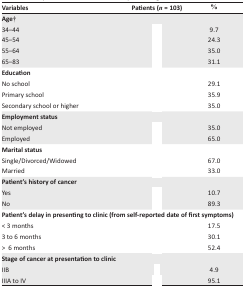
<table><thead><tr><td><b>Variables</b></td><td><b>Patients (<i>n</i> = 103)</b></td><td><b>%</b></td></tr></thead><tbody><tr><td><b>Age†</b></td><td>[EMPTY_CELL]</td><td>[EMPTY_CELL]</td></tr><tr><td>34–44</td><td>[EMPTY_CELL]</td><td>9.7</td></tr><tr><td>45–54</td><td>[EMPTY_CELL]</td><td>24.3</td></tr><tr><td>55–64</td><td>[EMPTY_CELL]</td><td>35.0</td></tr><tr><td>65–83</td><td>[EMPTY_CELL]</td><td>31.1</td></tr><tr><td><b>Education</b></td><td>[EMPTY_CELL]</td><td>[EMPTY_CELL]</td></tr><tr><td>No school</td><td>[EMPTY_CELL]</td><td>29.1</td></tr><tr><td>Primary school</td><td>[EMPTY_CELL]</td><td>35.9</td></tr><tr><td>Secondary school or higher</td><td>[EMPTY_CELL]</td><td>35.0</td></tr><tr><td><b>Employment status</b></td><td>[EMPTY_CELL]</td><td>[EMPTY_CELL]</td></tr><tr><td>Not employed</td><td>[EMPTY_CELL]</td><td>35.0</td></tr><tr><td>Employed</td><td>[EMPTY_CELL]</td><td>65.0</td></tr><tr><td><b>Marital status</b></td><td>[EMPTY_CELL]</td><td>[EMPTY_CELL]</td></tr><tr><td>Single/Divorced/Widowed</td><td>[EMPTY_CELL]</td><td>67.0</td></tr><tr><td>Married</td><td>[EMPTY_CELL]</td><td>33.0</td></tr><tr><td><b>Patient's history of cancer</b></td><td>[EMPTY_CELL]</td><td>[EMPTY_CELL]</td></tr><tr><td>Yes</td><td>[EMPTY_CELL]</td><td>10.7</td></tr><tr><td>No</td><td>[EMPTY_CELL]</td><td>89.3</td></tr><tr><td colspan="3"><b>Patient's delay in presenting to clinic (from self-reported date of first symptoms)</b></td></tr><tr><td>&lt; 3 months</td><td>[EMPTY_CELL]</td><td>17.5</td></tr><tr><td>3 to 6 months</td><td>[EMPTY_CELL]</td><td>30.1</td></tr><tr><td>&gt; 6 months</td><td>[EMPTY_CELL]</td><td>52.4</td></tr><tr><td><b>Stage of cancer at presentation to clinic</b></td><td>[EMPTY_CELL]</td><td>[EMPTY_CELL]</td></tr><tr><td>IIB</td><td>[EMPTY_CELL]</td><td>4.9</td></tr><tr><td>IIIA to IV</td><td>[EMPTY_CELL]</td><td>95.1</td></tr></tbody></table>